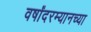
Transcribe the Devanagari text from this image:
वर्षांदरम्यानच्या